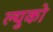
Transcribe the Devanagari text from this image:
ल्युको